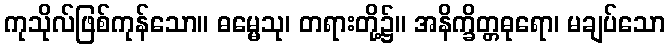
ကုသိုလ်ဖြစ်ကုန်သော။ ဓမ္မေသု၊ တရားတို့၌။ အနိက္ခိတ္တဓုရော၊ မချပ်သော